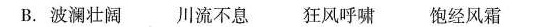
B.波澜壮阔 川流不息狂风呼啸饱经风霜